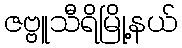
ဇဗ္ဗူသီရိမြို့နယ်